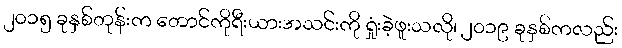
၂၀၁၅ ခုနှစ်တုန်းက တောင်ကိုရီးယားအသင်းကို ရှုံးခဲ့ဖူးသလို၊ ၂၀၁၉ ခုနှစ်ကလည်း